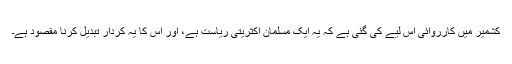
کشمیر میں کارروائی اس لیے کی گئی ہے کہ یہ ایک مسلمان اکثریتی ریاست ہے، اور اس کا یہ کردار تبدیل کرنا مقصود ہے۔